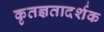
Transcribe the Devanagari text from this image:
कृतज्ञतादर्शक